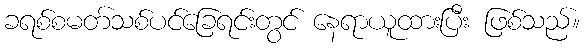
ခရစ်စမတ်သစ်ပင်ခြေရင်းတွင် နေရာယူထားပြီး ဖြစ်သည်။